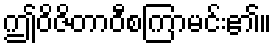
ဤဝိဇိတာဝီစကြာမင်း၏။